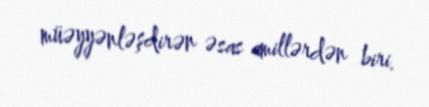
müəyyənləşdirən əsas amillərdən biri.